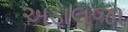
અડાલજા